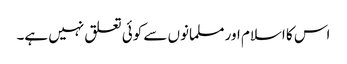
اس کا اسلام اور مسلمانوں سے کوئی تعلق نہیں ہے۔